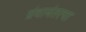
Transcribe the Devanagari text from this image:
ग्रंथानंतरचा